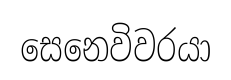
සෙනෙවිවරයා